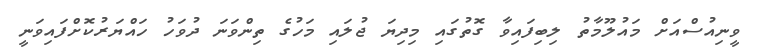
ވީނިއުސްއަށް މައުލޫމާތު ލިބިފައިވާ ގޮތުގައި މިދިޔަ ޖުލައި މަހުގެ ތިންވަނަ ދުވަހު ހައްޔަރުކޮށްފައިވަނީ